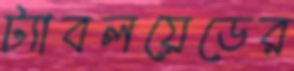
ট্যাবলয়েডের